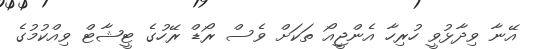
އޭނާ ވިދާޅުވީ ހުރިހާ އެންޖީއޯ ތަކަށް ވެސް ރޯޑް ރޭހުގެ ޓީޝާޓް ވިއްކުމުގެ